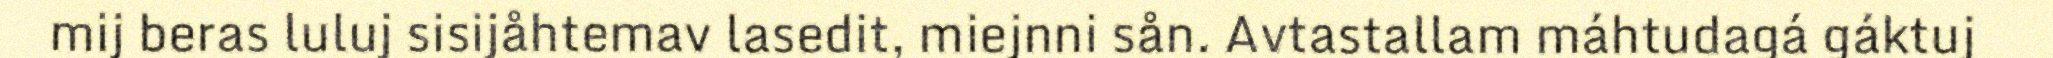
mij beras luluj sisijåhtemav lasedit, miejnni sån. Avtastallam máhtudagá gáktuj